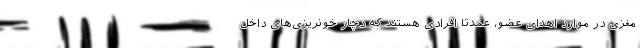
مغزی در موارد اهدای عضو، عمدتا افرادی هستند که دچار خونریزی‌های داخل